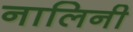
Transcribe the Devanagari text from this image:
नालिनी